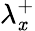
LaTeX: {\lambda}_{\mathit{x}}^{+}